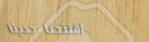
افتتحنا حديثاً